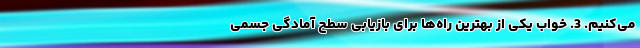
می‌کنیم. 3. خواب یکی از بهترین راه‌ها برای بازیابی سطح آمادگی جسمی